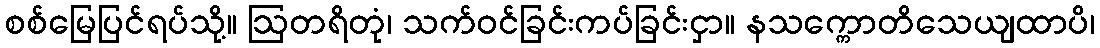
စစ်မြေပြင်ရပ်သို့။ ဩတရိတုံ၊ သက်ဝင်ခြင်းကပ်ခြင်းငှာ။ နသက္ကောတိသေယျထာပိ၊